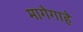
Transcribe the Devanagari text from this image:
मागेगाहे